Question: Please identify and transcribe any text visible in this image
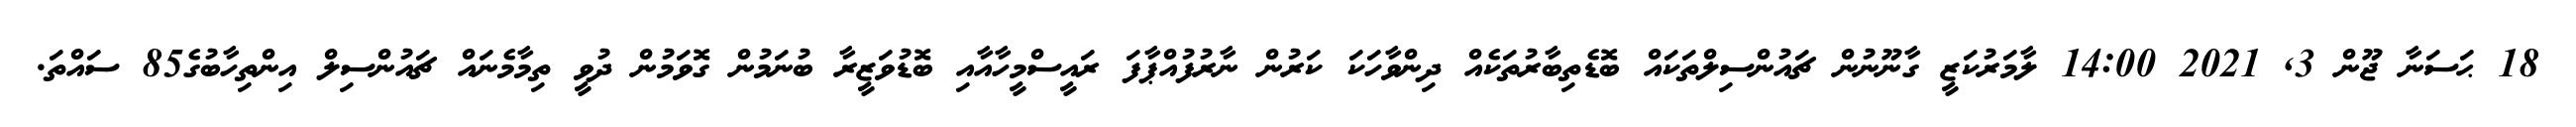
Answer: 18 ޙަސަނާ ޖޫން 3, 2021 14:00 ލާމަރުކަޒީ ގާނޫނުން ޗައުންސިލްތަކައް ބޮޑެތިބާރުތަކެއް ދިންވާހަކަ ކަރުން ނާރުފުއްޕާފަ ރައީސްމީހާއާއި ބޮޑުވަޒީރާ ބުނަމުން ގޮވަމުން ދުވީ ތިމާމެނައް ޗައުންސިލް އިންތިހާބުގެ85 ސައްތަ.